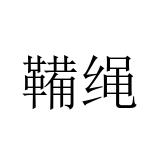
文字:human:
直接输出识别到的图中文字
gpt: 鞴绳